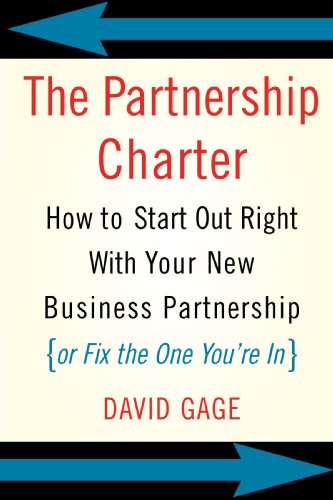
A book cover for The Partnership Charter: How To Start Out Right With Your New Business Partnership (or Fix The One You're In); David Gage; Business & Money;